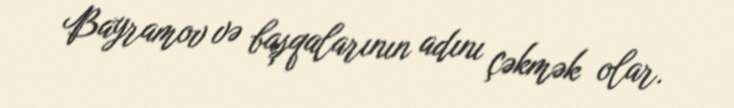
Bayramov və başqalarının adını çəkmək olar.